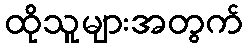
ထိုသူများအတွက်